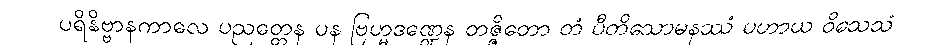
ပရိနိဗ္ဗာနကာလေ ပညတ္တေန ပန ဗြဟ္မဒဏ္ဍေန တဇ္ဇိတော တံ ပီတိသောမနဿံ ပဟာယ ဝိသေသံ